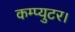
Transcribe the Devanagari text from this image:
कम्प्युटर।